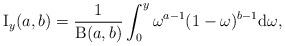
\begin{align*}\operatorname{I}_{y}(a,b) = \frac{1}{\operatorname{B}(a,b)}\int^{y}_{0} \omega^{a-1}(1-\omega)^{b-1}\mathrm{d}\omega,\end{align*}